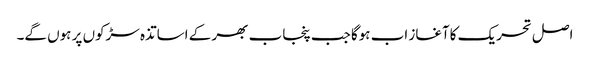
اصل تحریک کاآغاز اب ہوگا جب پنجاب بھر کے اساتذہ سڑکوں پر ہوں گے۔